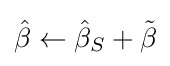
{\hat {\beta }}\leftarrow {\hat {\beta }}_{S}+{\tilde {\beta }}